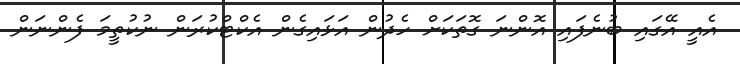
އެއީ އޭގައި ބުނެފައި އޮންނަ ގޮތަކަށް ހެދުން އަޅައިގެން އެކްޓްކުރަން ނުކުތީމަ ފެންނަން